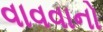
વાવવાનો